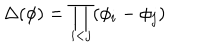
\Delta ( \phi ) = \prod _ { i < j } ( \phi _ { i } - \phi _ { j } )